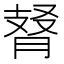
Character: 𦜚